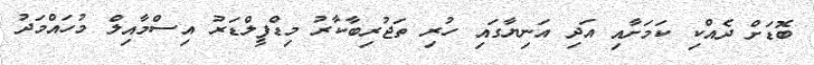
ބޮޑަށް ދެއްކި ކަމަށާއި އަދި އަނިޔާގައި ހުރި ތަޖުރިބާކާރު މިޑްފީލްޑަރު އިސްމާއިލް މުހައްމަދު